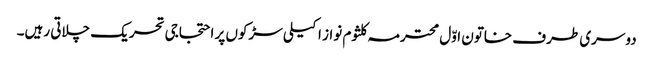
دوسری طرف خاتون اوّل محترمہ کلثوم نواز اکیلی سڑکوں پر احتجاجی تحریک چلاتی رہیں۔